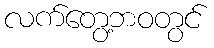
လက်တွေ့ဘဝတွင်